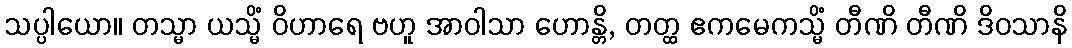
သပ္ပါယော။ တသ္မာ ယသ္မိံ ဝိဟာရေ ဗဟူ အာဝါသာ ဟောန္တိ, တတ္ထ ဧကမေကသ္မိံ တီဏိ တီဏိ ဒိဝသာနိ